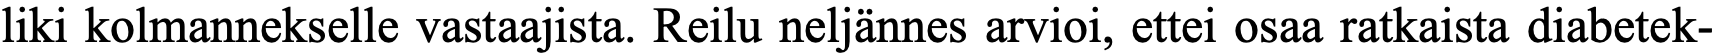
liki kolmannekselle vastaajista. Reilu neljännes arvioi, ettei osaa ratkaista diabetek-